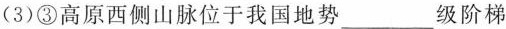
(3)③高原西侧山脉位于我国地势___级阶梯